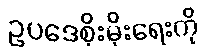
ဥပဒေစိုးမိုးရေးကို